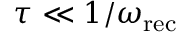
\tau \ll 1 / \omega _ { \mathrm { r e c } }